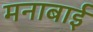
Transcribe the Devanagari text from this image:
मनाबाई